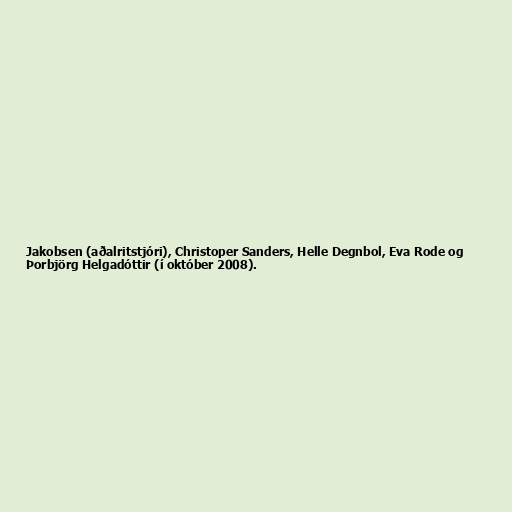
Jakobsen (aðalritstjóri), Christoper Sanders, Helle Degnbol, Eva Rode og
Þorbjörg Helgadóttir (í október 2008).